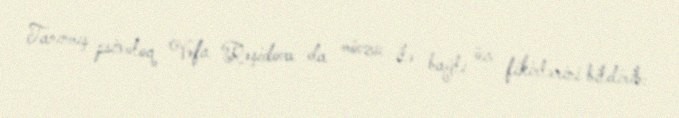
Tanınmış psixoloq Vəfa Rəşidova da mövzu ilə bağlı öz fikirlərini bildirib: